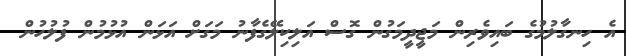
އެ ހިނގާލުމުގެ ބައިވެރިން މަޖީދީމަގުން ގޮސް އަލިކިލޭގެފާނު މަގަށް އަޅަން އުޅުމުން ފުލުހުން